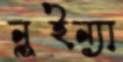
নুইন্যা